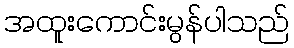
အထူးကောင်းမွန်ပါသည်